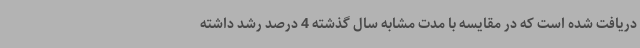
دریافت شده است که در مقایسه با مدت مشابه سال گذشته 4 درصد رشد داشته